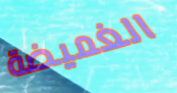
الغميضة